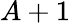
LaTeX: A+1